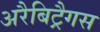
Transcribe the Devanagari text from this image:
अरैबिट्रैगस